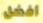
أفضل